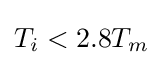
T_{i}<2.8T_{m}